Source: Handwritten
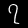
Digit: ၇ (7)